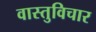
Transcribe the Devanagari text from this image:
वास्तुविचार